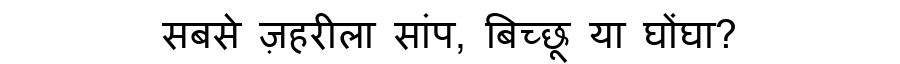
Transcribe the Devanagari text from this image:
सबसे ज़हरीला सांप, बिच्छू या घोंघा?